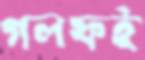
গলফই